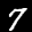
Label: 7